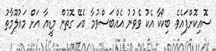
ސޮއިކޮށްފައެވެ. ބިކޯކާ އެކު ވެވުނު އެއްބަސްވުމާ ބެހޭ ގޮތުން މީޑިއާ އަށް މައުލޫމާތު